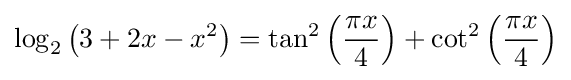
\log _{2}\left(3+2x-x^{2}\right)=\tan ^{2}\left({\frac {\pi x}{4}}\right)+\cot ^{2}\left({\frac {\pi x}{4}}\right)